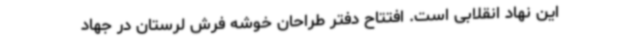
این نهاد انقلابی است. افتتاح دفتر طراحان خوشه فرش لرستان در جهاد